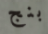
بنج